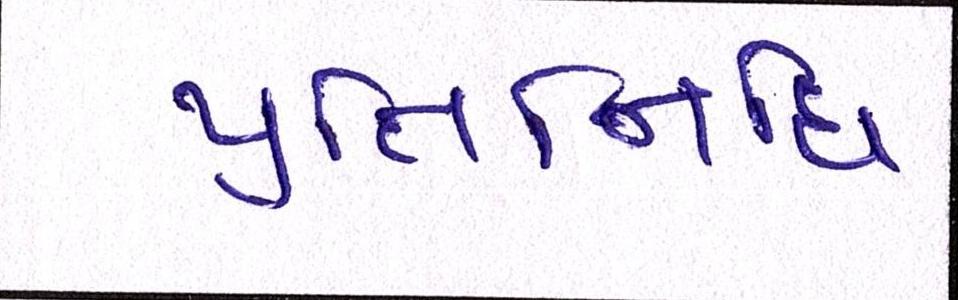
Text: પ્રતિનિધિ